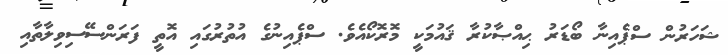
ޝަހަރުން ސްޕެއިނާ ބޯޑަރު ޙިއްޞާކުރާ ޤައުމަކީ މޮރޮކޯއެވެ. ސްޕެއިނުގެ އުތުރުގައި އޮތީ ފަރަންސޭސިވިލާތާއި